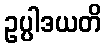
ဥပ္ပါဒယတိ